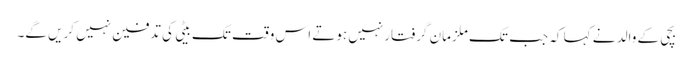
بچی کے والد نے کہا کہ جب تک ملزمان گرفتارنہیں ہوتے اس وقت تک بیٹی کی تدفین نہیں کریں گے۔